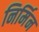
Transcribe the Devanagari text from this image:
निर्मिन